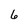
Character: 6